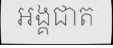
អង្គជាត